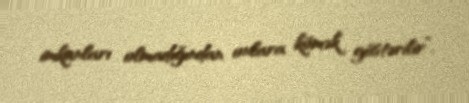
imkanları olmadığından onlara kömək göstərilir”.